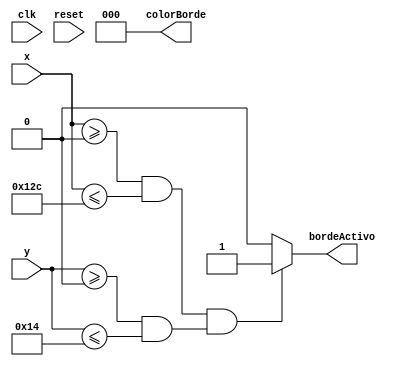
`timescale 1ns / 1ps
//////////////////////////////////////////////////////////////////////////////////
// Company: 
// Engineer: 
// 
// Design Name: 
// Module Name:    ObjetoBorde 
// Project Name: 
// Target Devices: 
// Tool versions: 
// Description: 
//
// Dependencies: 
//
// Revision: 
// Revision 0.01 - File Created
// Additional Comments: 
//
//////////////////////////////////////////////////////////////////////////////////
module ObjetoBorde(
	input clk, 
	input wire [7:0] x,
	input wire [6:0] y,
	input wire reset,
	output reg [2:0] colorBorde,
	output wire bordeActivo
    );

//linea 1 
parameter LineaInicioX = 0;
parameter LineaFinalX = 300;
parameter LineaInicioY = 0;
parameter LineaFinalY = 20;

assign bordeActivo = ((x >= LineaInicioX && x <= LineaFinalX) &&(y >= LineaInicioY && y<= LineaFinalY))? 1'b1:1'b0;


//********************************************************
	
always @(bordeActivo or x or y)
      begin
			if (bordeActivo)
				begin
					colorBorde = 3'b000;
				end
		else
				begin
					colorBorde= 3'b000;
				end
		end	

endmodule